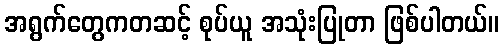
အရွက်တွေကတဆင့် စုပ်ယူ အသုံးပြုတာ ဖြစ်ပါတယ်။